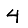
Digit: 4